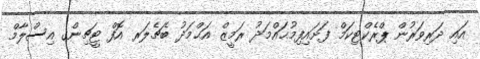
އައި ދަރިވަރުން ޕްރެކްޓިކަމް ފަށައިފިމުޙައްމަދު ރަމީޒް އަޙްމަދު ބެޗެލަރ އޮފް ޓީޗިންގ އިސްލާމް